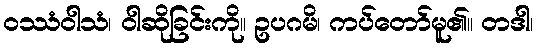
ဝဿံဝါသံ၊ ဝါဆိုခြင်းကို။ ဥပဂမိ၊ ကပ်တော်မူ၏။ တဒါ၊